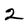
Character: 2